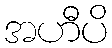
အဟီပိ